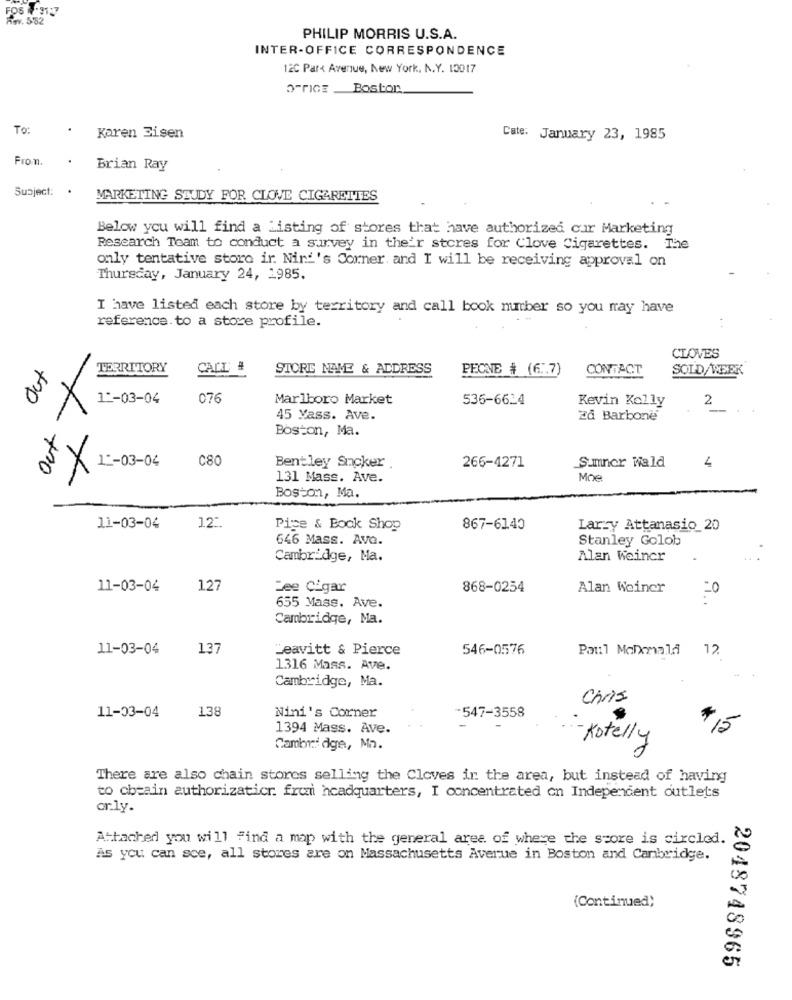
PHILIP MORRIS U.S.A.
INTER-OFFICE CORRESPONDENCE
12C Park Avenue, New York, N.Y. 13017
OFFICE _Boston
To:
Karen Eisen
Cate: January 23, 1985
From.
Brian Ray
Subject:
MARKETING STUDY FOR CLOVE CIGARETTES
Below you will find a Listing of stores that have authorized cur Marketing
Research Team to conduct a survey in the'r stores for Clove Cigarettes. The
only tentative store ir Nini's Corner, and I will be receiving approval on
Thursday, January 24, 1985.
I have listed each store by territory and call book number so you may have
. .
reference. to a store profile.
CLOVES
TERRITORY
CALL #
STORE NAME & ADDRESS
PECNE # (6.7)
CONTACT
SOLD/ WEEK
12-03-04
076
Marlboro Market
536-6624
Kevin Kelly
2
X
45 Yass. Ave.
Zd Barbone
Boston, Ma.
C80
Sumnor Wald
5 X 1-03-04
Bentley Smoker .
266-4271
4
131 Mass. Ave.
Moe
Boston, Ma.
11-03-04
12:
Pipe & Book Shop
867-6140
Larzy Attanasio 20
646 Mass. Ave.
Stanley Golob
Cambridge, Ma.
Alan Weiner
11-03-04
127
Zee Cigar
868-0254
Alan Weiner
655 Mass. Ave.
Cambridge, Ma.
11-03-04
137
Leavitt & Pierce
546-0576
Paul McDonald
12.
1316 Mass. Ave.
Cambridge, Ma.
Chris
138
11-03-04
Nini's Corner
-547-3558
1394 Mass. Ave.
Kotelly
Cambridge, Ma.
There are also chain stores selling the Cloves in the area, but instead of having
to obtain authorization. from headquarters, I concentrated on Independent outlets
or.ly.
Attached you will find a map with the general ares. of where the score is circled.
As you can sce, all stores are on Massachusetts Avenue in Boston and Cambridge.
(Continued;
2048748965